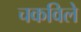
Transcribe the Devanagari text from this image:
चकविले